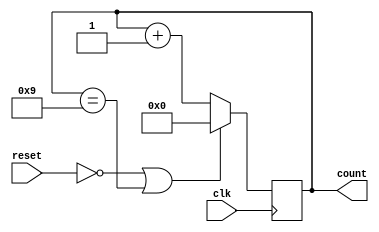
// Name: UJJWAL CHAUDAHRY, M. Tech., ESE [2023 - 2025], IISc Bengaluru
// Q3 a: Verilog code for mod 10 up counter with active low synchronous reset

module mod10_counter_USLR(
    input wire clk,
    input wire reset,
    output wire [3:0] count
    );

    reg [3:0] count_temp;

    always @(posedge clk) begin
        if(!reset || count_temp == 4'b1001)
            count_temp <= 4'b0;
        else
            count_temp <= count_temp + 1;
    end

    assign count = count_temp; 

endmodule